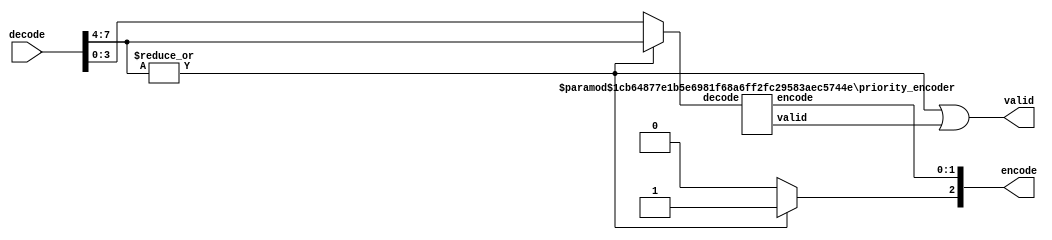
module priority_encoder #(
parameter 	WIDTH = 8,
		PRIORITY = "MSB"
) (
decode,
encode,
valid
);

//define the log2 function
function integer log2;
  input integer num;
  integer i, result;
  begin
      for (i = 0; 2 ** i < num; i = i + 1)
          result = i + 1;
      log2 = result;
  end
endfunction

input [WIDTH-1 : 0] decode;
output [log2(WIDTH)-1 : 0] encode;
output valid;

generate
	wire encoded_half_valid;
	wire half_has_one;

	if (WIDTH==2)begin
		assign valid = decode[1] | decode [0];
		assign encode = ((PRIORITY == "LSB") & decode[0]) ? 0 : decode[1];
	end
	else begin
		assign half_has_one = (PRIORITY == "LSB") ? |decode[(WIDTH/2)-1 : 0] : | decode[WIDTH-1 : WIDTH/2];
		assign encode[log2(WIDTH)-1] = ((PRIORITY == "MSB") & half_has_one) ? 1 
						: ((PRIORITY == "LSB") & ~half_has_one & valid) ? 1
						: 0;
		assign valid = half_has_one | encoded_half_valid;

		if(PRIORITY == "MSB")
		priority_encoder #((WIDTH/2), PRIORITY) decode_half (.decode(half_has_one ? decode[WIDTH-1 : WIDTH/2] : decode[(WIDTH/2)-1 : 0]),
							.encode(encode[log2(WIDTH)-2 : 0]),
							.valid(encoded_half_valid)	);

		else
		priority_encoder #((WIDTH/2), PRIORITY) decode_half (.decode(half_has_one ? decode[(WIDTH/2)-1 : 0] : decode[WIDTH-1 : WIDTH/2]),
							.encode(encode[log2(WIDTH)-2 : 0]),
							.valid(encoded_half_valid)	);
	end
endgenerate


endmodule